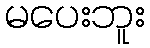
မပေးဘူး